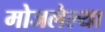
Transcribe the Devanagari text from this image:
मोजलेल्या